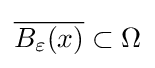
{\overline {B_{\varepsilon }(x)}}\subset \Omega